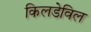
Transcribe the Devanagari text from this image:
किलडेविल